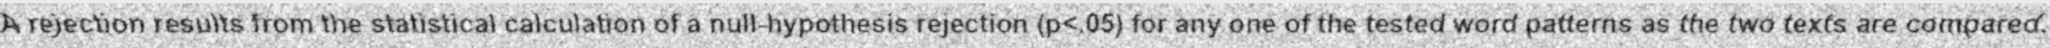
A rejection results from the statistical calculation of a null-hypothesis rejection (p<.05) for any one of the tested word patterns as the two texts are compared.